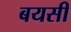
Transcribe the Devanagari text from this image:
बयसी